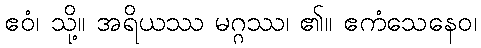
ဧဝံ၊ သို့။ အရိယဿ မဂ္ဂဿ၊ ၏။ ဧကံသေနေဝ၊